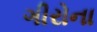
ગીરોના